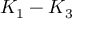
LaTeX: K _ { 1 } - K _ { 3 }